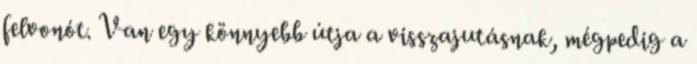
felvonót. Van egy könnyebb útja a visszajutásnak, mégpedig a